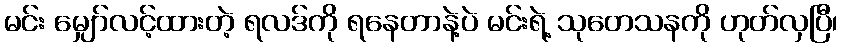
မင်း မျှော်လင့်ထားတဲ့ ရလဒ်ကို ရနေတာနဲ့ပဲ မင်းရဲ့ သုတေသနကို ဟုတ်လှပြီ၊